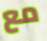
مع